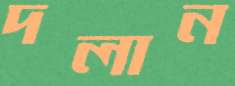
দলান